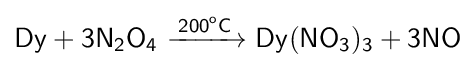
{\mathsf {Dy+3N_{2}O_{4}\ {\xrightarrow {200^{o}C}}\ Dy(NO_{3})_{3}+3NO}}